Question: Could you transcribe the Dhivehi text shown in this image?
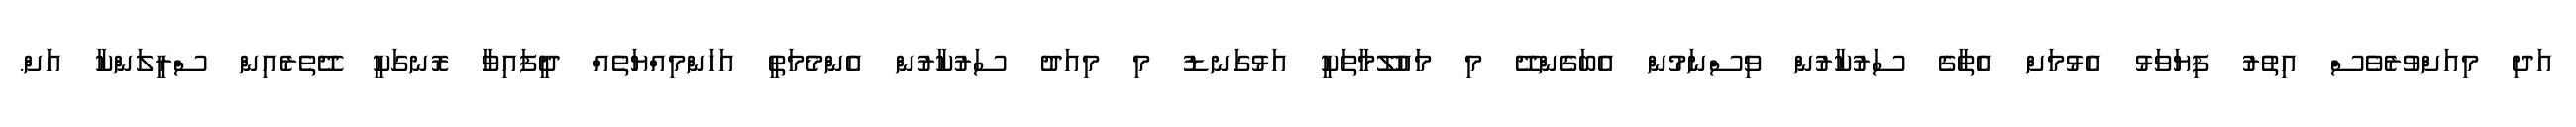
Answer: އަދި މިއަށްވުރެވެސް އިތުރު ފިޔަވަޅު އެޅުމަށް އެތާގެ ސަރުކާރުން ވިސްނަމުން އެބަގެންދޭ މި މައުލޫމާތަކީ އަޅުގަނޑު މި މިއަދު ސަރުކާރުން އެންމެމަތީ އަހަންމިއްޔަތެއް ދީފައިވާ ރޮނގަކީ ދޭތެރެއިން ސްރީލަންކާ އަށް.